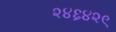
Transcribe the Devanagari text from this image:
२४६४२९